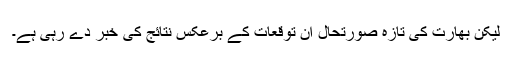
لیکن بھارت کی تازہ صورتحال ان توقعات کے برعکس نتائج کی خبر دے رہی ہے۔